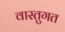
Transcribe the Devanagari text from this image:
वास्तुगत